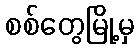
စစ်တွေမြို့မှ